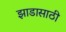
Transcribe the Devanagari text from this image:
झाडासाठी